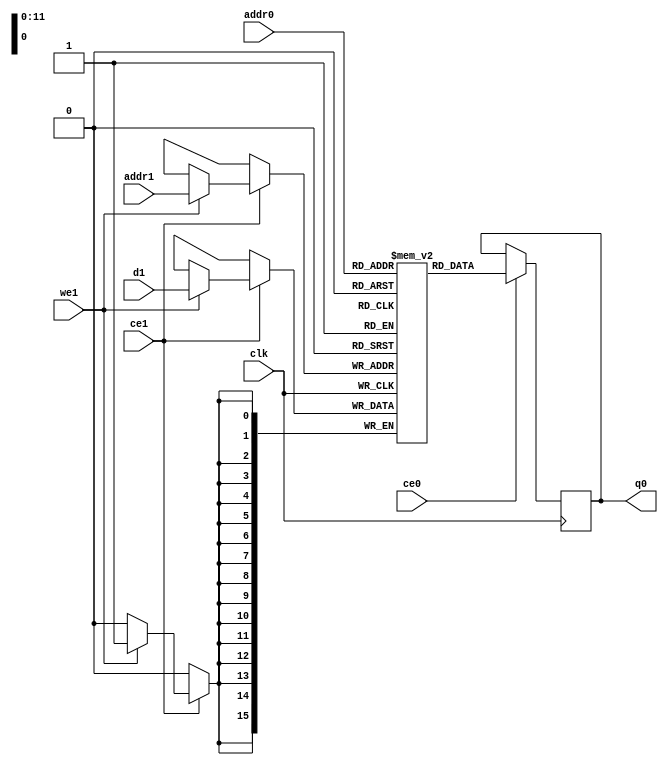
// ==============================================================
// File generated by Vivado(TM) HLS - High-Level Synthesis from C, C++ and SystemC
// Version: 2017.4
// Copyright (C) 1986-2017 Xilinx, Inc. All Rights Reserved.
// 
// ==============================================================

`timescale 1 ns / 1 ps
module line_buffer_mp_4_cud_ram (addr0, ce0, q0, addr1, ce1, d1, we1,  clk);

parameter DWIDTH = 16;
parameter AWIDTH = 12;
parameter MEM_SIZE = 2944;

input[AWIDTH-1:0] addr0;
input ce0;
output reg[DWIDTH-1:0] q0;
input[AWIDTH-1:0] addr1;
input ce1;
input[DWIDTH-1:0] d1;
input we1;
input clk;

(* ram_style = "block" *)reg [DWIDTH-1:0] ram[0:MEM_SIZE-1];




always @(posedge clk)  
begin 
    if (ce0) 
    begin
            q0 <= ram[addr0];
    end
end


always @(posedge clk)  
begin 
    if (ce1) 
    begin
        if (we1) 
        begin 
            ram[addr1] <= d1; 
        end 
    end
end


endmodule


`timescale 1 ns / 1 ps
module line_buffer_mp_4_cud(
    reset,
    clk,
    address0,
    ce0,
    q0,
    address1,
    ce1,
    we1,
    d1);

parameter DataWidth = 32'd16;
parameter AddressRange = 32'd2944;
parameter AddressWidth = 32'd12;
input reset;
input clk;
input[AddressWidth - 1:0] address0;
input ce0;
output[DataWidth - 1:0] q0;
input[AddressWidth - 1:0] address1;
input ce1;
input we1;
input[DataWidth - 1:0] d1;



line_buffer_mp_4_cud_ram line_buffer_mp_4_cud_ram_U(
    .clk( clk ),
    .addr0( address0 ),
    .ce0( ce0 ),
    .q0( q0 ),
    .addr1( address1 ),
    .ce1( ce1 ),
    .d1( d1 ),
    .we1( we1 ));

endmodule